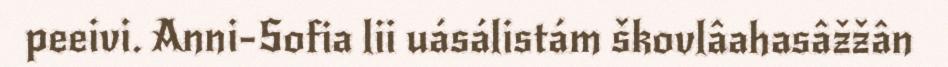
peeivi. Anni-Sofia lii uásálistám škovlâahasâžžân